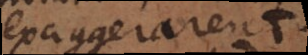
exaggerarent